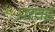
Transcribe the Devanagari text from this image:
परवई